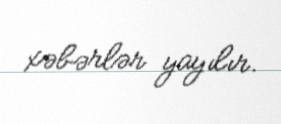
xəbərlər yayılır.